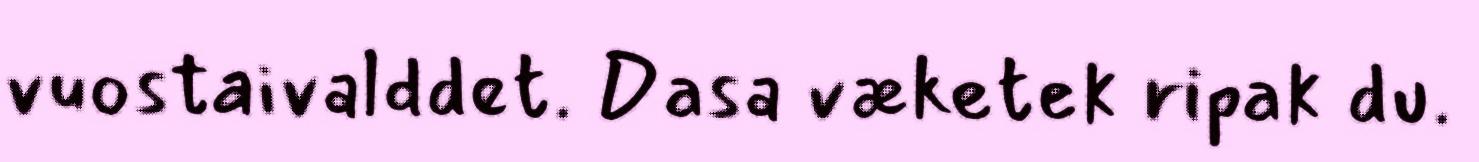
vuostaivalddet. Dasa væketek ripak du.